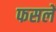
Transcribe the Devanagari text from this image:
फसलेँ